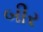
બીર